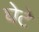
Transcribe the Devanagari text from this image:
घेटे